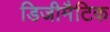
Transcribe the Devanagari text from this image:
डिजीमैटिक